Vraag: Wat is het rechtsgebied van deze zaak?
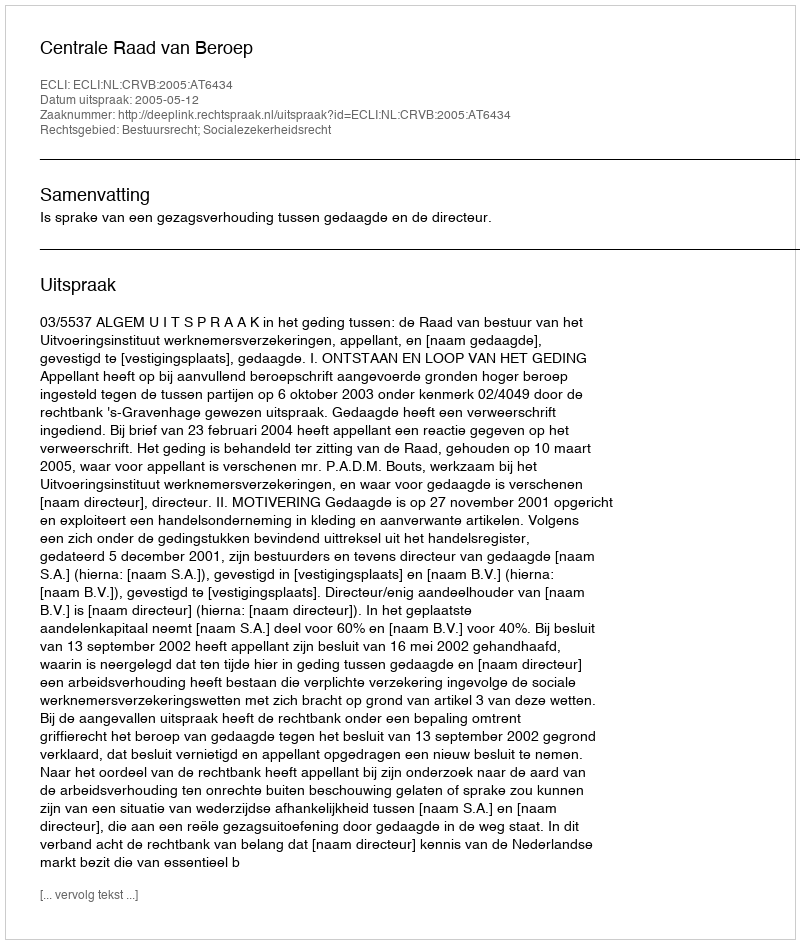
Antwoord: Bestuursrecht; Socialezekerheidsrecht